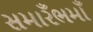
સમારઁભમાઁ